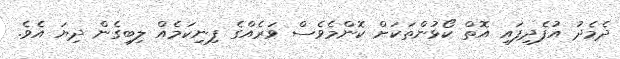
ދެމެދު އުފެދިފައި އޮތް ކޯޅުންތަކަށް ކޮންމެވެސް ވަރެއްގެ ފިނިކަމެއް ލިބިގެން ދިޔަ އެވެ.